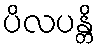
ပိလပန္တိ